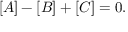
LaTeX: [ A ] - [ B ] + [ C ] = 0 .